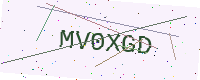
Text: MV0XGD